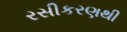
રસીકરણથી